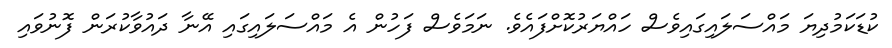
ކުޑަކަމުދިޔަ މައްސަލައިގައިވެސް ހައްޔަރުކޮށްފައެވެ. ނަމަވެސް ފަހުން އެ މައްސަލައިގައި އޭނާ ދައުވާކުރަން ފޮނުވައި